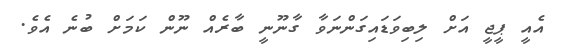
އެއީ ޕީޖީ އަށް ލިބިވަޑައިގަންނަވާ ގާނޫނީ ބާރެއް ނޫން ކަމަށް ބުނެ އެވެ.